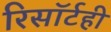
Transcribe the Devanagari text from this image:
रिसॉर्टही